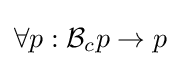
\forall p:{\mathcal {B}}_{c}p\to p